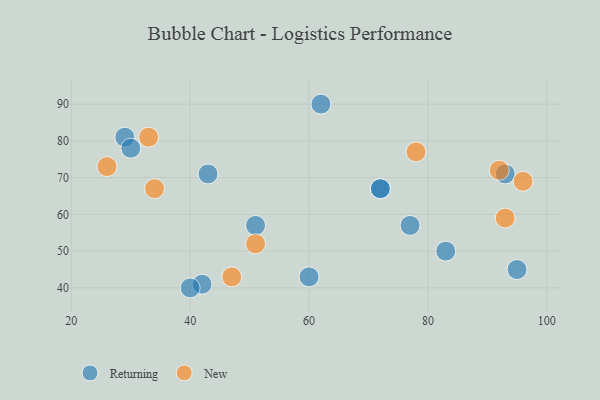
{"axis": {"x": "GDP", "y": "Life Expectancy"}, "legend": ["New", "Returning"], "data": [{"x": "60", "y": 43, "type": "Returning"}, {"x": "29", "y": 81, "type": "Returning"}, {"x": "51", "y": 57, "type": "Returning"}, {"x": "42", "y": 41, "type": "Returning"}, {"x": "72", "y": 67, "type": "Returning"}, {"x": "95", "y": 45, "type": "Returning"}, {"x": "62", "y": 90, "type": "Returning"}, {"x": "93", "y": 71, "type": "Returning"}, {"x": "77", "y": 57, "type": "Returning"}, {"x": "40", "y": 40, "type": "Returning"}, {"x": "30", "y": 78, "type": "Returning"}, {"x": "43", "y": 71, "type": "Returning"}, {"x": "72", "y": 67, "type": "Returning"}, {"x": "83", "y": 50, "type": "Returning"}, {"x": "47", "y": 43, "type": "New"}, {"x": "33", "y": 81, "type": "New"}, {"x": "93", "y": 59, "type": "New"}, {"x": "92", "y": 72, "type": "New"}, {"x": "78", "y": 77, "type": "New"}, {"x": "96", "y": 69, "type": "New"}, {"x": "26", "y": 73, "type": "New"}, {"x": "51", "y": 52, "type": "New"}, {"x": "34", "y": 67, "type": "New"}]}